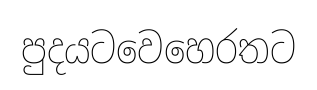
පුදයටවෙහෙරතට